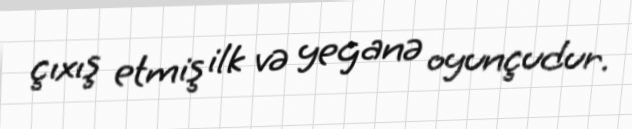
çıxış etmiş ilk və yeganə oyunçudur.